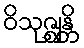
ဝိသုဇ္ဈန္တိ